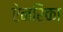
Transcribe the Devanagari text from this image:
ऐनरिका